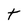
Character: t